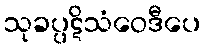
သုခပ္ပဋိသံဝေဒီပေ